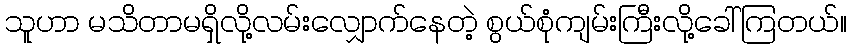
သူဟာ မသိတာမရှိလို့လမ်းလျှောက်နေတဲ့ စွယ်စုံကျမ်းကြီးလို့ခေါ်ကြတယ်။